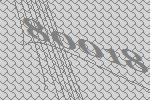
80018